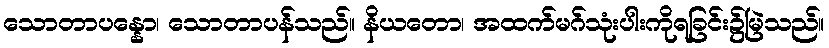
သောတာပန္နော၊ သောတာပန်သည်။ နိယတော၊ အထက်မဂ်သုံးပါးကိုရခြင်း၌မြဲသည်။